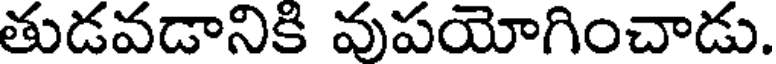
తుడవడానికి వుపయోగించాడు.